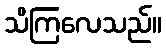
သိကြလေသည်။